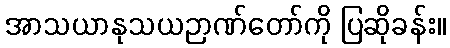
အာသယာနုသယဉာဏ်တော်ကို ပြဆိုခန်း။